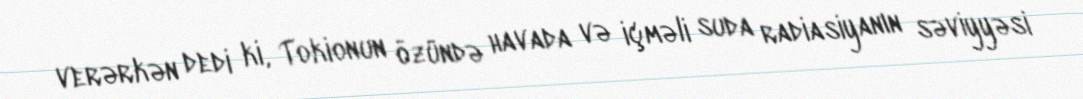
verərkən dedi ki, Tokionun özündə havada və içməli suda radiasiyanın səviyyəsi